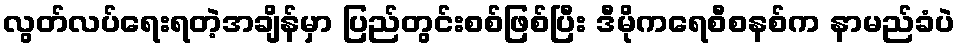
လွတ်လပ်ရေးရတဲ့အချိန်မှာ ပြည်တွင်းစစ်ဖြစ်ပြီး ဒီမိုကရေစီစနစ်က နာမည်ခံပဲ